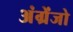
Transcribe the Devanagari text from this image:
अंग्रेंजो